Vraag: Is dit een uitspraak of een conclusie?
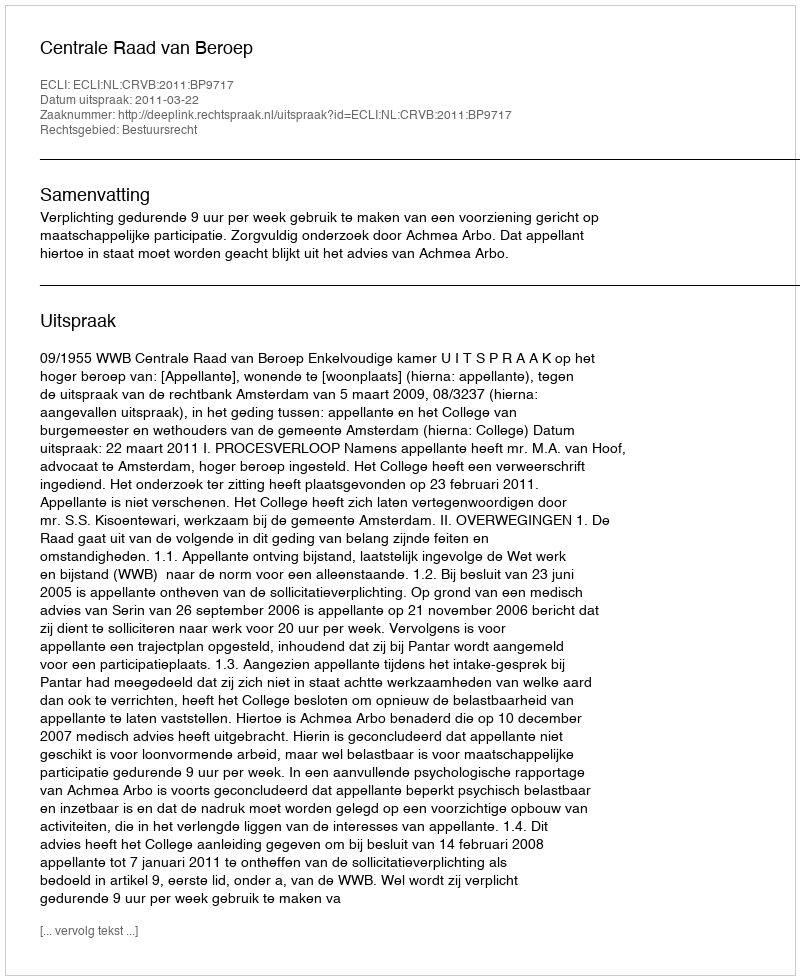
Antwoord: Uitspraak